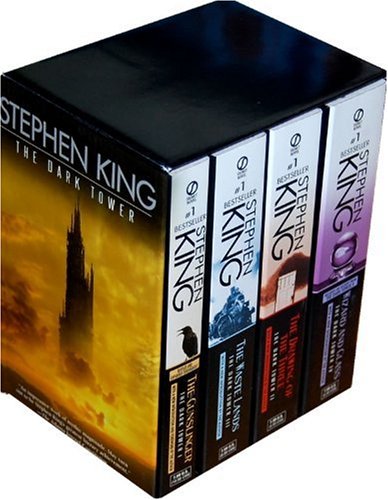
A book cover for The Dark Tower Boxed Set (Books 1-4); Stephen King; Science Fiction & Fantasy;